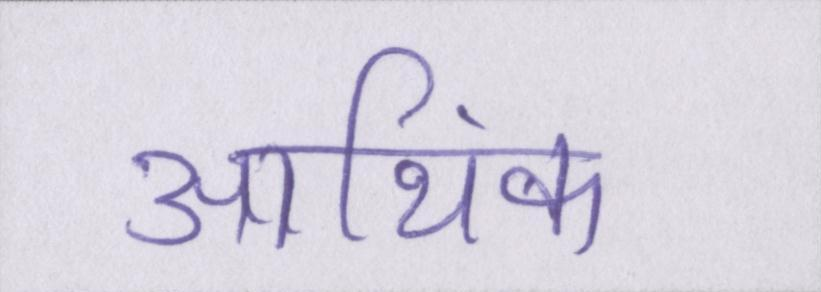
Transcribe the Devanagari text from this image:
आथि॑क